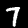
Digit: 7